Scottish Leaving Certificate Examination, 1961
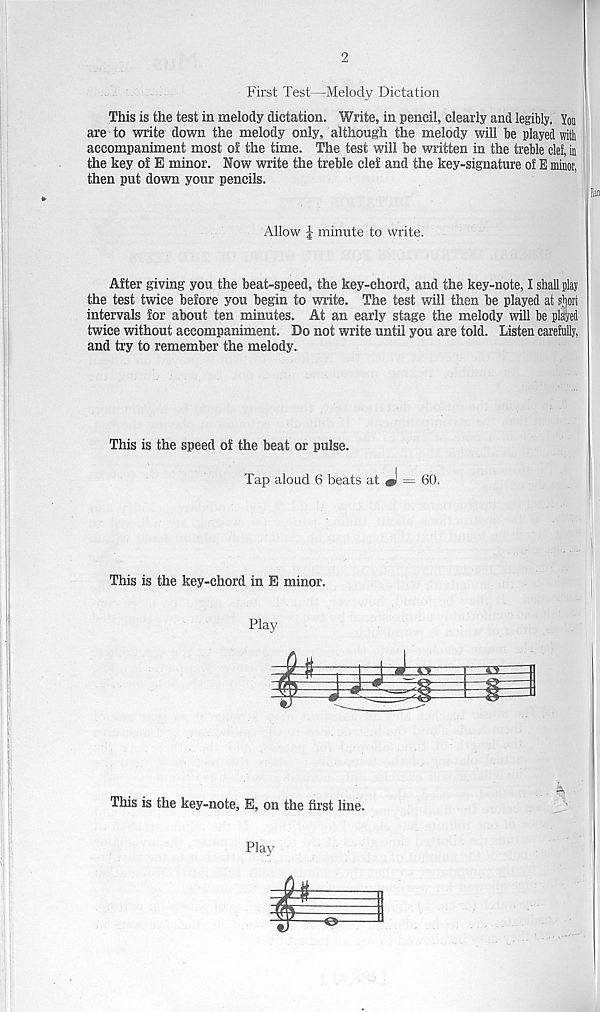
2
First Test—-Melody Dictation
This is the test in melody dictation. Write, in pencil, clearly and legibly. You
are to write down the melody only, although the melody will he played wilt
accompaniment most of the time. The test will be written in the treble clef, in
the key of E minor. Now write the treble clef and the key-signature of E minor,
then put down your pencils.
Allow l minute to write.
After giving you the beat-speed, the key-chord, and the key-note, I shall play
the test twice before you begin to write. The test will then be played at short
intervals for about ten minutes. At an early stage the melody will be placed
twice without accompaniment. Do not write until you are told. Listen carefully,
and try to remember the melody.
This is the speed of the beat or pulse.
Tap aloud 6 beats at *1 = 60.
This is the key-chord in E minor.
Play
A
This is the key-note, E, on the first line.
Play